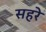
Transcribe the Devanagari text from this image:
सहरे